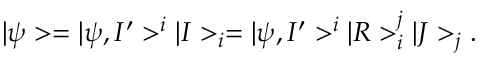
| \psi > = | \psi , I ^ { \prime } > ^ { i } | I > _ { i } = | \psi , I ^ { \prime } > ^ { i } | R > _ { i } ^ { j } | J > _ { j } .